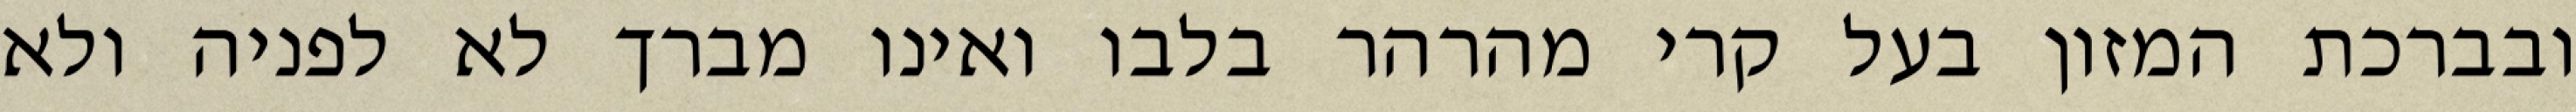
ובברכת המזון בעל קרי מהרהר בלבו ואינו מברך לא לפניה ולא